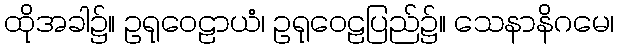
ထိုအခါ၌။ ဥရုဝေဠာယံ၊ ဥရုဝေဠပြည်၌။ သေနာနိဂမေ၊